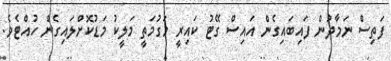
ފަތިސް ނަމާދުން ފައިބައިގެން އައިސް ގޭޓު ކައިރީ މަގުމަތީ މަލީކު މަޑުކޮށްލައިގެން ހުއްޓެވެ.